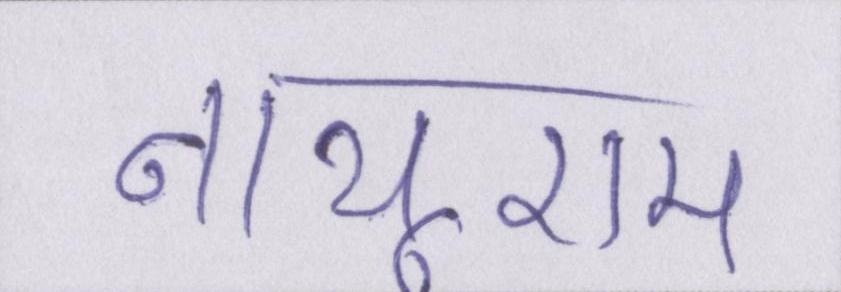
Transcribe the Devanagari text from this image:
नाथूराम